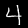
Digit: 4